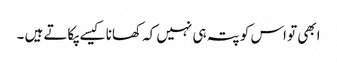
ابھی تو اس کو پتہ ہی نہیں کہ کھانا کیسے پکاتے ہیں ۔